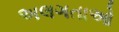
અલગતાઓ